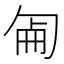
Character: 𠣠